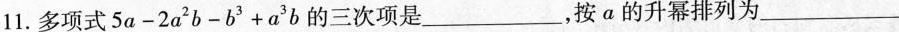
11.多项式$$5 a - 2 a ^ { 2 } b - b ^ { 3 } + a ^ { 3 } b$$的三次项是___，按a的升幂排列为___